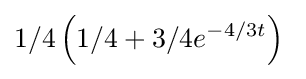
1/4\left(1/4+3/4e^{-4/3t}\right)\